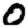
Digit: 0